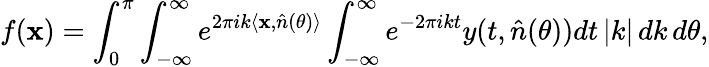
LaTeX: f(\mathbf{x})=\int_{0}^{\pi}\int_{-\infty}^{\infty}e^{2\pi ik\langle\mathbf{x},{\hat{n}(\theta)}\rangle}\int_{-\infty}^{\infty}e^{-2\pi ikt}y(t,\hat{n}(\theta))dt\, |k|\, dk\, d\theta,